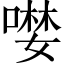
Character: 𠼖